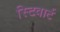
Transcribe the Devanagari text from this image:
स्टिवार्ट